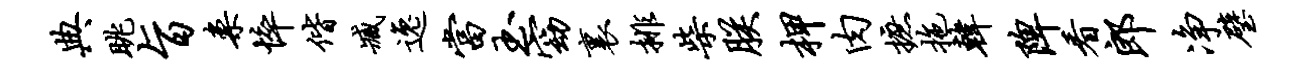
典眺旨案悴偕臧逸当玉窈里排柴朕柙肉摭拖韩陴看郎净璧